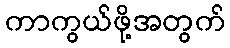
ကာကွယ်ဖို့အတွက်